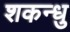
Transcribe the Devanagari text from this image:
शकन्धु